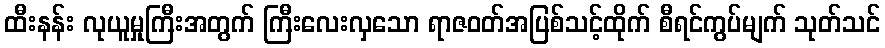
ထီးနန်း လုယူမှုကြီးအတွက် ကြီးလေးလှသော ရာဇဝတ်အပြစ်သင့်ထိုက် စီရင်ကွပ်မျက် သုတ်သင်